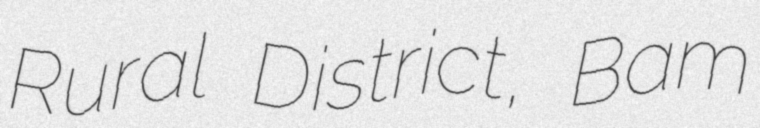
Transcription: Rural District, Bam